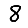
Digit: 8